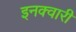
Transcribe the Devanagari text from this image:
इनक्वारी